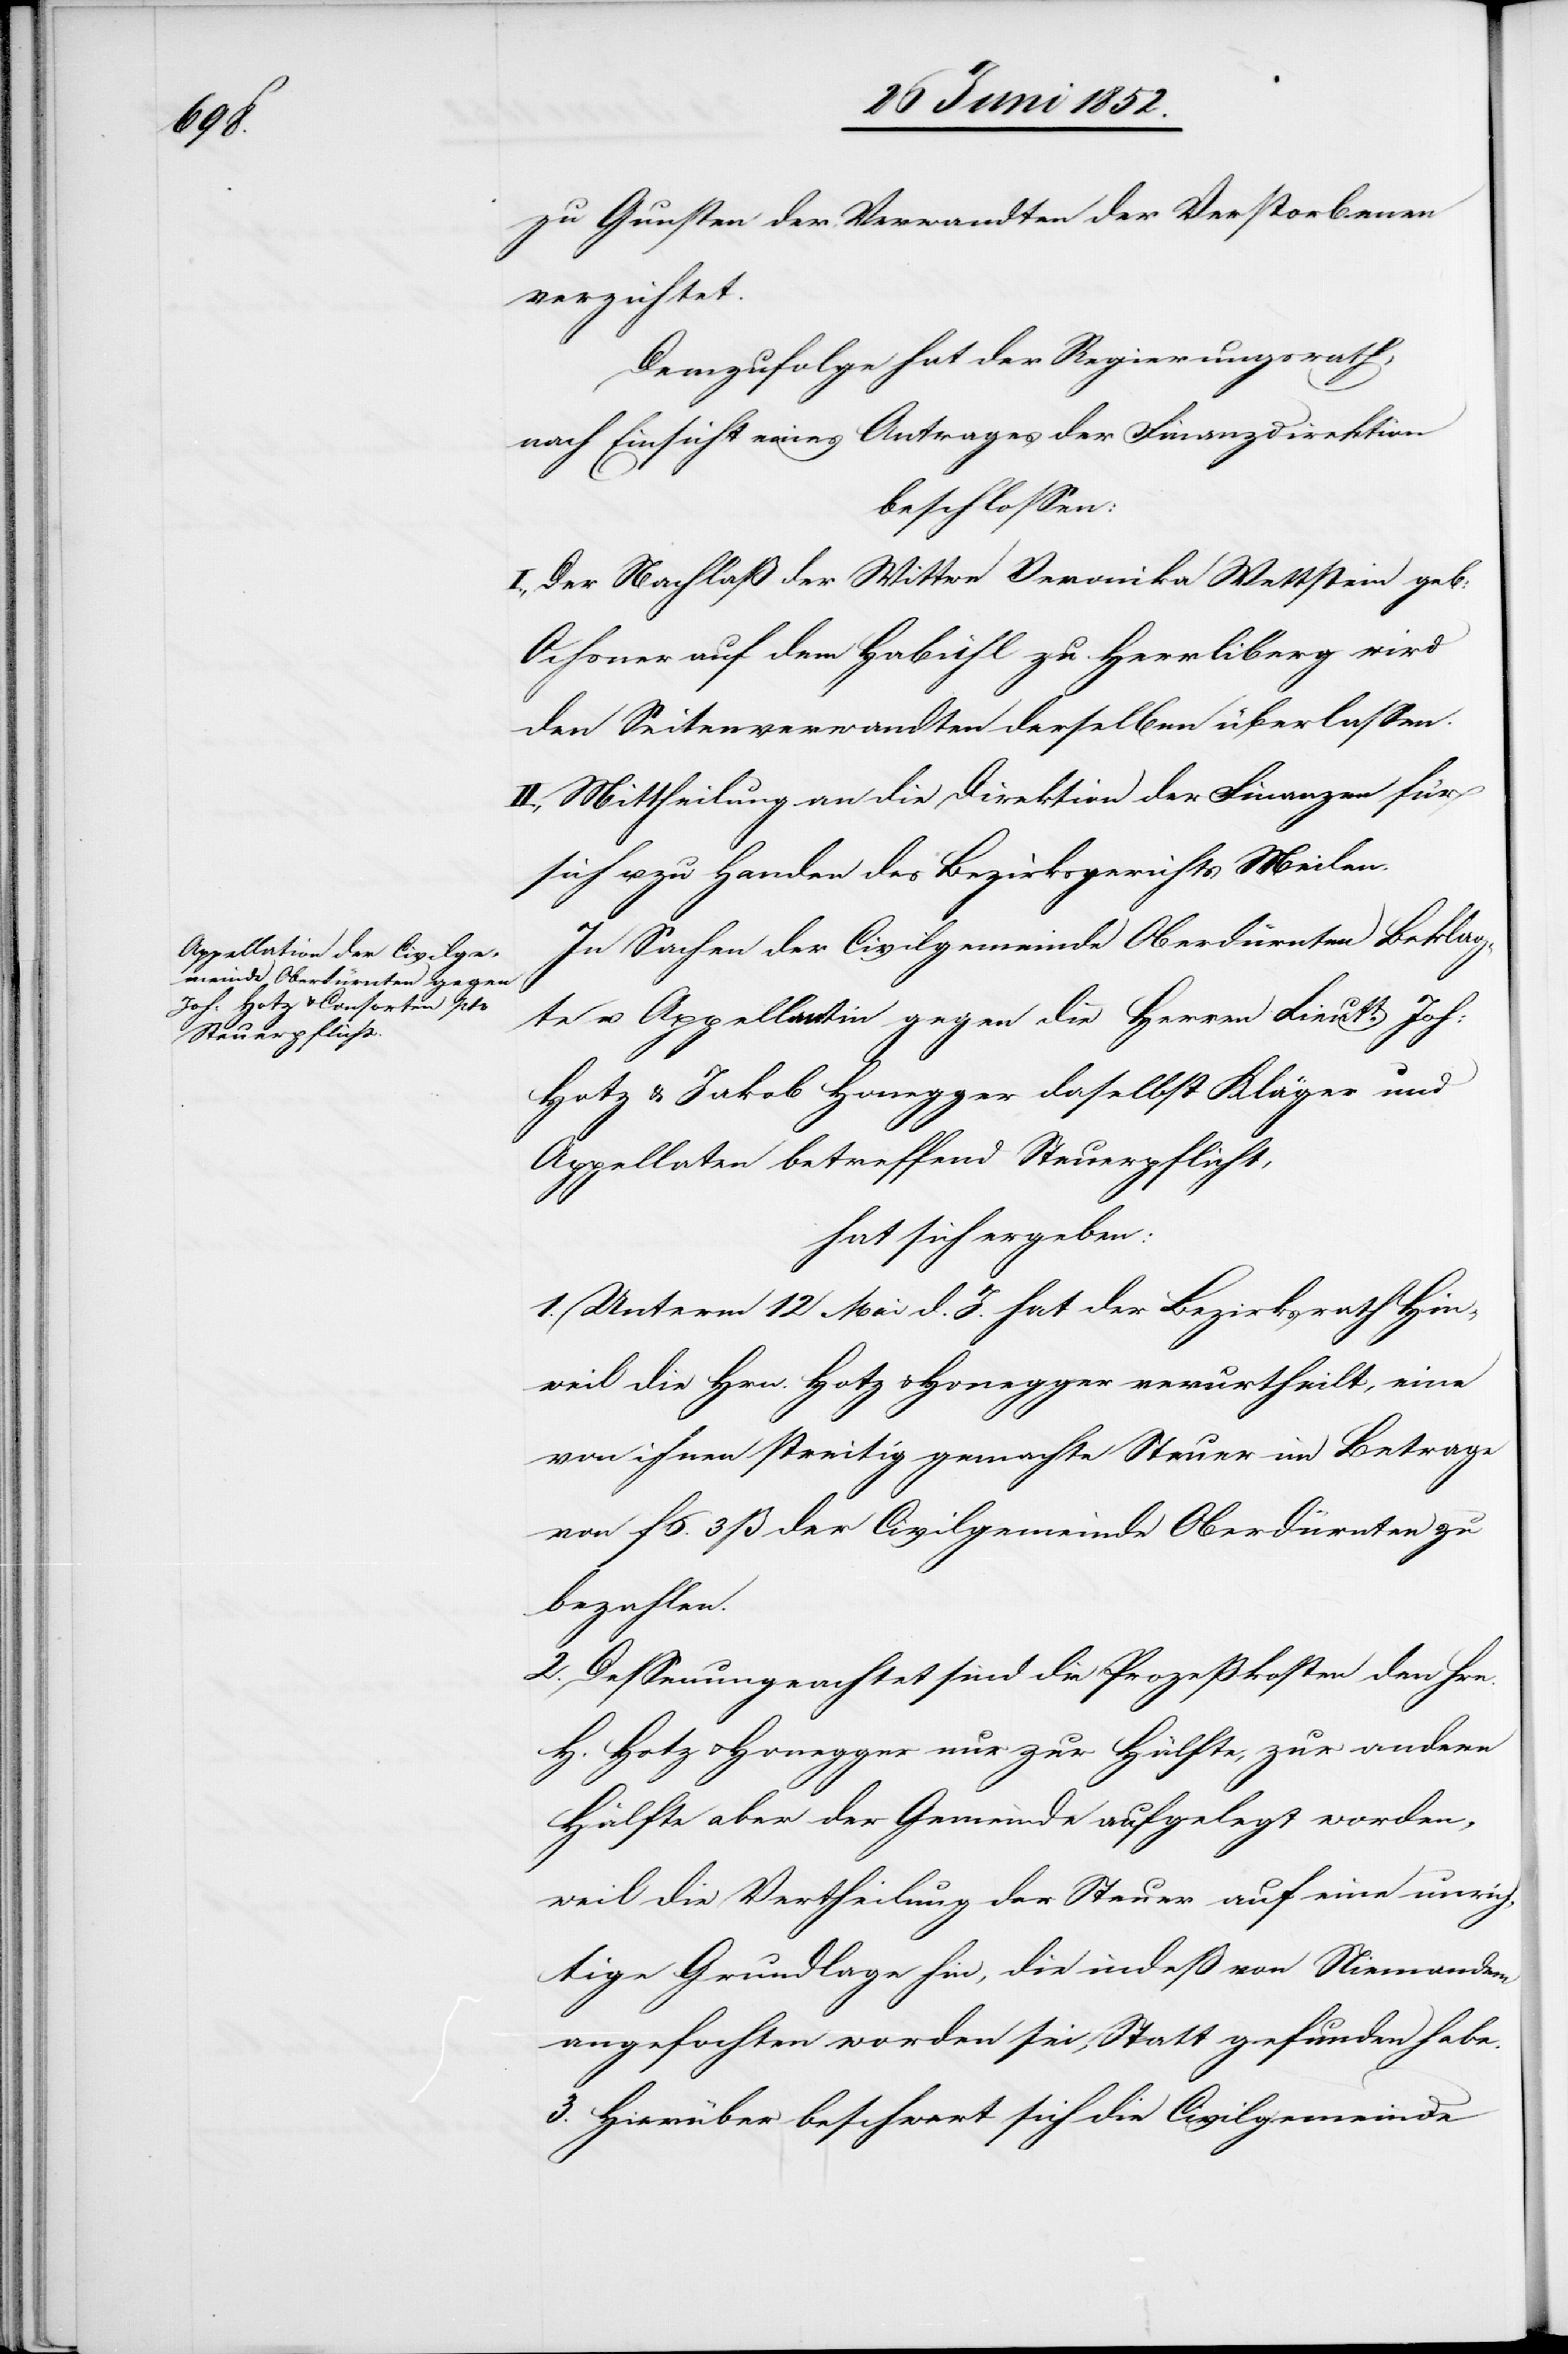
zu Gunsten der Verwandten der Verstorbenen
verzichtet.
Demzufolge hat der Regierungsrath,
nach Einsicht eines Antrages der Finanzdirektion
beschlossen:
I., Der Nachlaß der Wittwe Veronika Wettstein geb:
Ochsner auf dem Habühl zu Herrliberg wird
den Seitenverwandten derselben überlassen.
II., Mittheilung an die Direktion der Finanzen für
sich u. zu Handen des Bezirksgerichts Meilen.
In Sachen der Civilgemeinde Oberdürnten Beklag¬
te u. Appellantin gegen die Herren Lieutt Joh:
Hotz & Jakob Honegger daselbst Kläger und
Appellaten betreffend Steuerpflicht,
hat sich ergeben:
1. Unterm 12 Mai d. J. hat der Bezirksrath Hin¬
weil die Hrn. Hotz & Honegger verurtheilt, eine
von ihnen streitig gemachte Steuer im Betrage
von f 6. 3 ß der Civilgemeinde Oberdürnten zu
bezahlen.
2. Dessenungeachtet sind die Prozesskosten den Hrn.
Hotz & Honegger nur zur Hälfte, zur andern
Hälfte aber der Gemeinde aufgelegt worden,
weil die Vertheilung der Steuer auf eine unrich¬
tige Grundlage hin, die indeß von Niemandem
angefochten worden sei, Statt gefunden habe.
3. Hierüber beschwert sich die Civilgemeinde